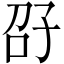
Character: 𫲤